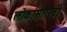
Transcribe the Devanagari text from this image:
लोकांसारखी